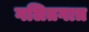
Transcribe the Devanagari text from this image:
गलितगात्र